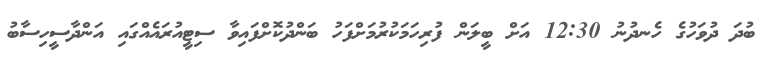
ބުދަ ދުވަހުގެ ހެނދުނު 12:30 އަށް ބީލަން ފުރިހަމަކުރުމަށްފަހު ބަންދުކޮށްފައިވާ ސިޓީއުރައެއްގައި އަންދާސީހިސާބު